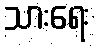
သားရေး